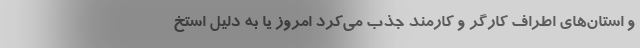
و استان‌های اطراف کارگر و کارمند جذب می‌کرد امروز یا به دلیل استخ